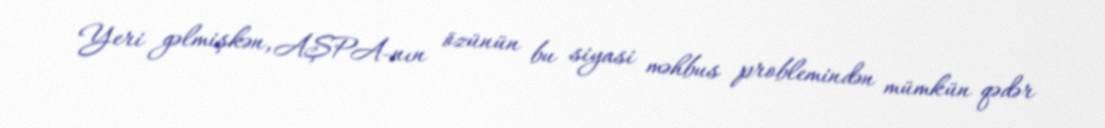
Yeri gəlmişkən, AŞPA-nın özünün bu siyasi məhbus problemindən mümkün qədər